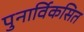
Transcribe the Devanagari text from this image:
पुनार्विकसित